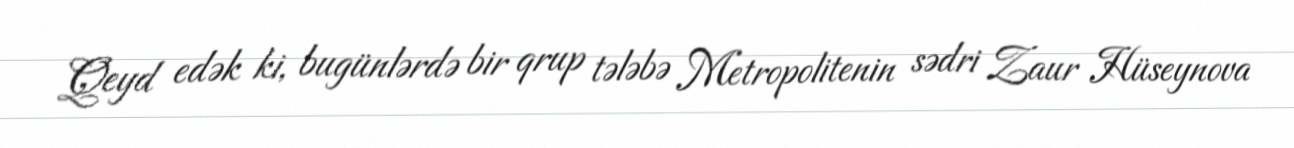
Qeyd edək ki, bugünlərdə bir qrup tələbə Metropolitenin sədri Zaur Hüseynova